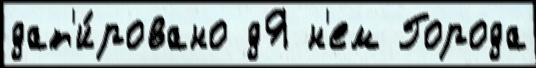
дат'и́ровано дЯ н'ем Города